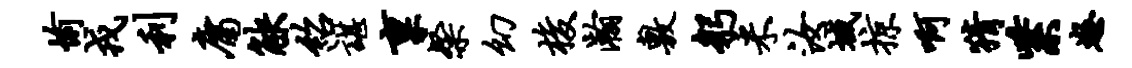
愉戎利庸觖绍谌禀粲幻梭瀚敷躬米汝域掠啊猜紫怒